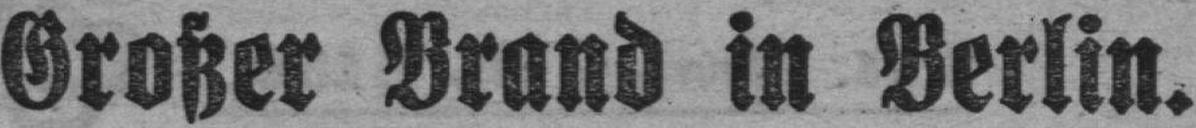
Großer Brand in Berlin.